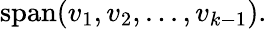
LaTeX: \mathrm{span(}v_{1},v_{2},...,v_{k-1}).